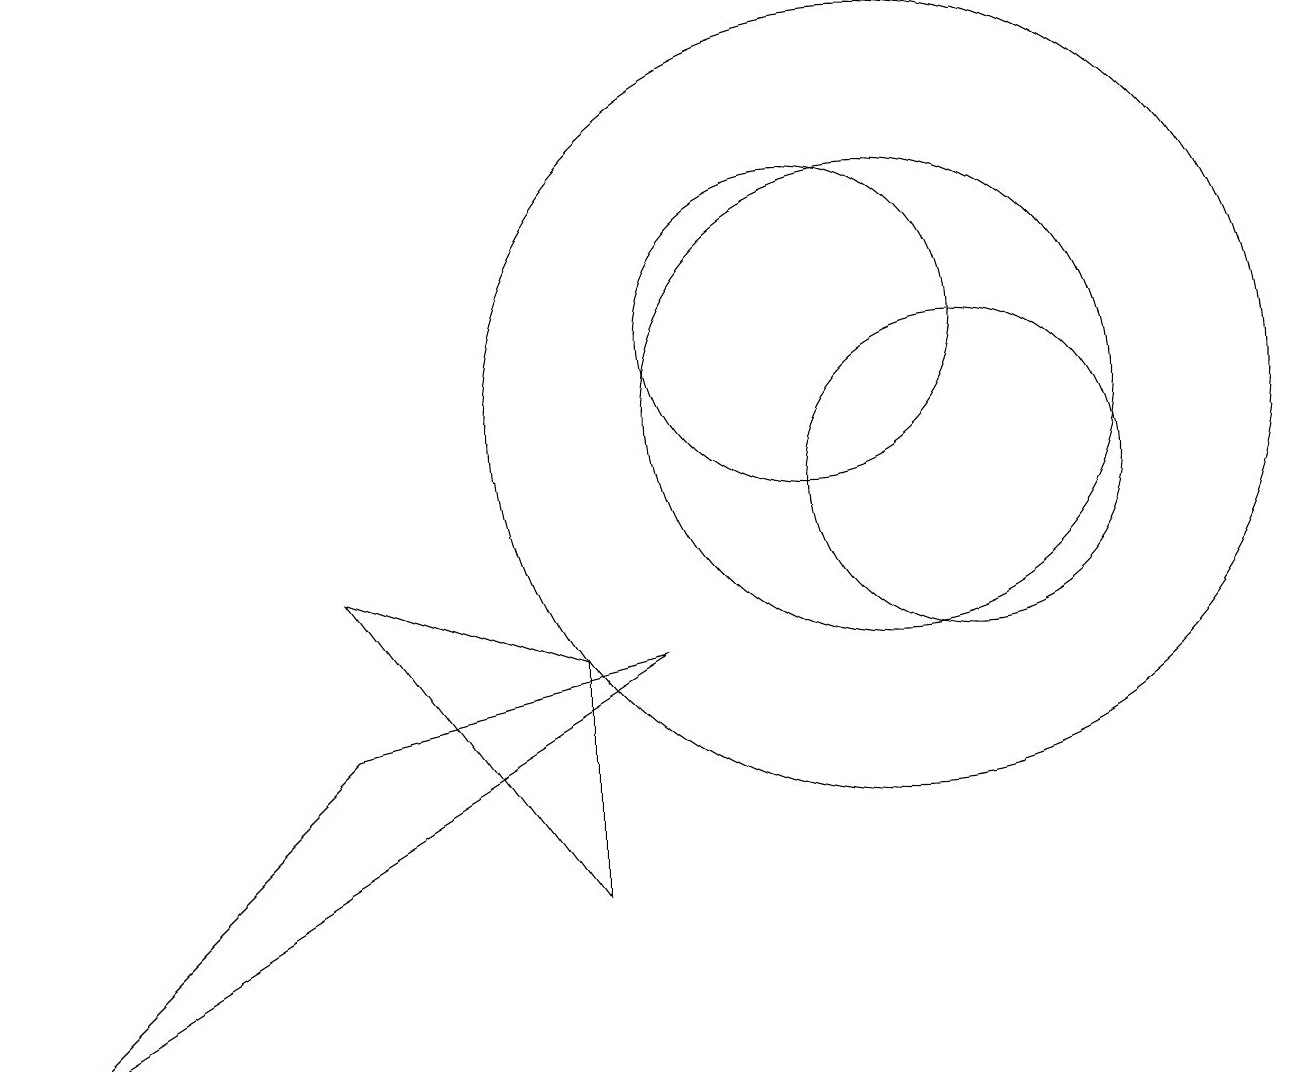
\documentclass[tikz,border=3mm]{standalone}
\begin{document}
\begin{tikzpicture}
\draw (4,7) -- (8,8) -- (0,3) -- cycle;
\draw (12,10) circle (2);
\draw (10,12) circle (2);
\draw (11,11) circle (3);
\draw (11,11) circle (5);
\draw (4,9) -- (7,8) -- (7,5) -- cycle;
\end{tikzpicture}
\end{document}